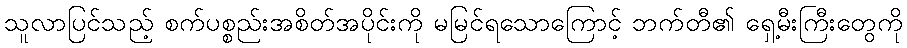
သူလာပြင်သည့် စက်ပစ္စည်းအစိတ်အပိုင်းကို မမြင်ရသောကြောင့် ဘက်တီ၏ ရှေ့မီးကြီးတွေကို